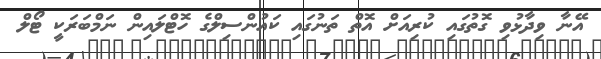
އޭނާ ވިދާޅުވި ގޮތުގައި ކުރިއަށް އޮތް ތަނުގައި ކައުންސިލްގެ ހޮޓްލައިން ނަމްބަރަކީ ޓޯލް